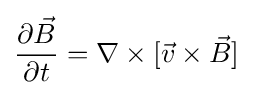
{\frac {\partial {\vec {B}}}{\partial t}}=\nabla \times [{\vec {v}}\times {\vec {B}}]